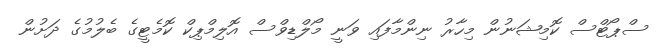
ސްޕޯޓްސް ކޮމިޝަނުން މިހާރު ނިންމާފައި ވަނީ މޯލްޑިވްސް އޮލިމްޕިކް ކޮމެޓީގެ ބެލުމުގެ ދަށުން